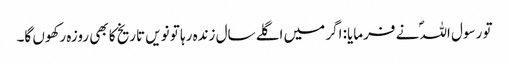
تو رسول اللہؐ نے فرمایا: اگر میں اگلے سال زندہ رہا تو نویں تاریخ کا بھی روزہ رکھوں گا۔